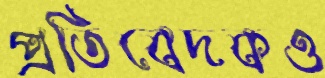
প্রতিবেদকও